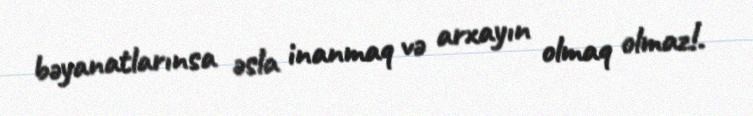
bəyanatlarınsa əsla inanmaq və arxayın olmaq olmaz!.